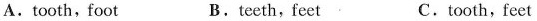
A.tooth, foot B.teeth, feet C.tooth, feet